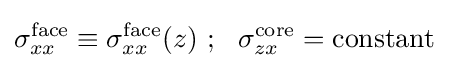
\sigma _{xx}^{\mathrm {face} }\equiv \sigma _{xx}^{\mathrm {face} }(z)~;~~\sigma _{zx}^{\mathrm {core} }=\mathrm {constant}